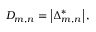
D _ { m , n } = \left| { { \boldsymbol { \Delta } } _ { m , n } ^ { * } } \right| ,